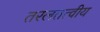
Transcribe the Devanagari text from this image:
तरलतत्वीय